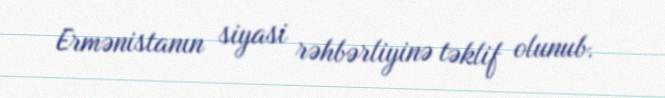
Ermənistanın siyasi rəhbərliyinə təklif olunub.